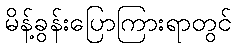
မိန့်ခွန်းပြောကြားရာတွင်